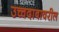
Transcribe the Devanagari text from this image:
उच्चदाबावरील